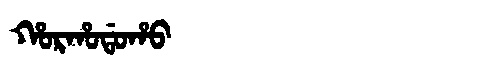
Manchu: ᡥᠣᡵᡥᠣᡩᠣᡥᠣ
Romanization: HORHODOHO